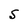
Character: S